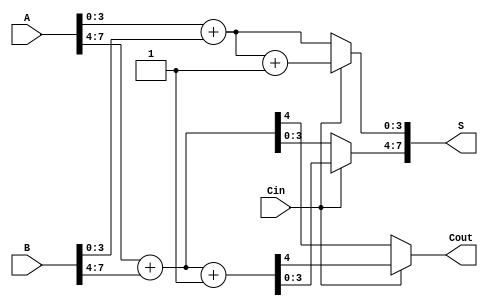
module HybridCarrySelectAdder #(parameter N = 8) (
    input [N-1:0] A,      // First n-bit input
    input [N-1:0] B,      // Second n-bit input
    input Cin,            // Carry-in
    output [N-1:0] S,     // n-bit sum output
    output Cout           // Carry-out
);

    localparam BLOCK_SIZE = 4; // Size of each block
    localparam NUM_BLOCKS = N / BLOCK_SIZE; // Number of blocks

    wire [BLOCK_SIZE-1:0] sum0 [0:NUM_BLOCKS-1]; // Sum when Cin = 0
    wire [BLOCK_SIZE-1:0] sum1 [0:NUM_BLOCKS-1]; // Sum when Cin = 1
    wire [NUM_BLOCKS-1:0] carry0; // Carry-out when Cin = 0
    wire [NUM_BLOCKS-1:0] carry1; // Carry-out when Cin = 1
    wire [NUM_BLOCKS-1:0] selected_carry; // Selected carry for each block

    // Generate carry and sum for each block
    genvar i;
    generate
        for (i = 0; i < NUM_BLOCKS; i = i + 1) begin : block
            wire [BLOCK_SIZE-1:0] A_block = A[(i+1)*BLOCK_SIZE-1:i*BLOCK_SIZE];
            wire [BLOCK_SIZE-1:0] B_block = B[(i+1)*BLOCK_SIZE-1:i*BLOCK_SIZE];

            // Carry generation for Cin = 0
            assign {carry0[i], sum0[i]} = A_block + B_block;

            // Carry generation for Cin = 1
            assign {carry1[i], sum1[i]} = A_block + B_block + 1'b1;

            // Select the carry based on the carry-in
            if (i == 0) begin
                assign selected_carry[i] = Cin ? carry1[i] : carry0[i];
            end else begin
                assign selected_carry[i] = Cin ? carry1[i] : carry0[i];
            end
        end
    endgenerate

    // Final sum calculation
    generate
        for (i = 0; i < NUM_BLOCKS; i = i + 1) begin : sum_block
            assign S[(i+1)*BLOCK_SIZE-1:i*BLOCK_SIZE] = 
                Cin ? sum1[i] : sum0[i];
        end
    endgenerate

    // Final carry-out
    assign Cout = selected_carry[NUM_BLOCKS-1];

endmodule